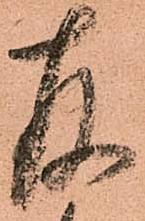
存